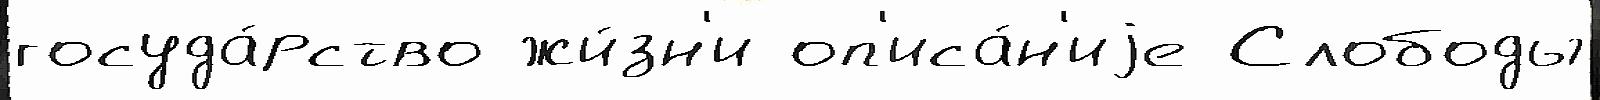
госуда́рство жи́зн'и оп'иса́н'иjе Слободы